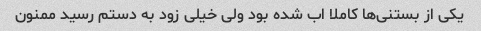
یکی از بستنی‌ها کاملا اب شده بود ولی خیلی زود به دستم رسید ممنون